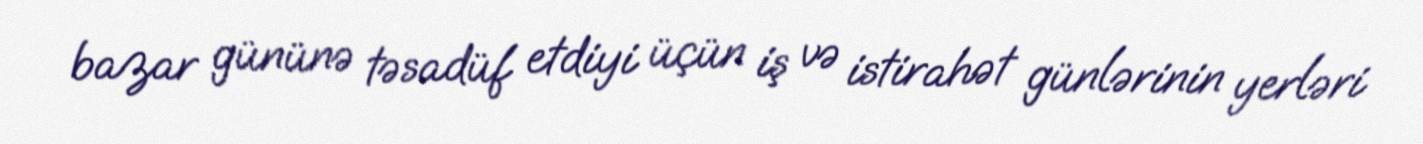
bazar gününə təsadüf etdiyi üçün iş və istirahət günlərinin yerləri